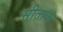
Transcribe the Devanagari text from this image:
सीताक